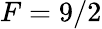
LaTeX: F=9/2